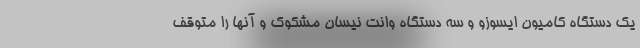
یک دستگاه کامیون ایسوزو و سه دستگاه وانت نیسان مشکوک و آنها را متوقف